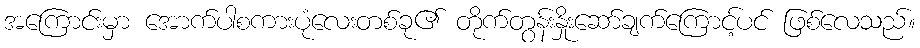
အကြောင်းမှာ အောက်ပါစကားပုံလေးတစ်ခု၏ တိုက်တွန်းနှိုးဆော်ချက်ကြောင့်ပင် ဖြစ်လေသည်။